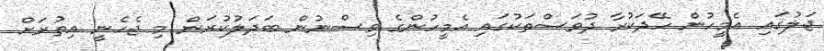
ޖަލުގައި އެމީހުން ހޭދަކުރާ ދުވަސްތަކުގައި އެމީހުންގެ ވިސްނުން ބަދަލުކުރަން މި ޖެހެނީ އިތުރަށް